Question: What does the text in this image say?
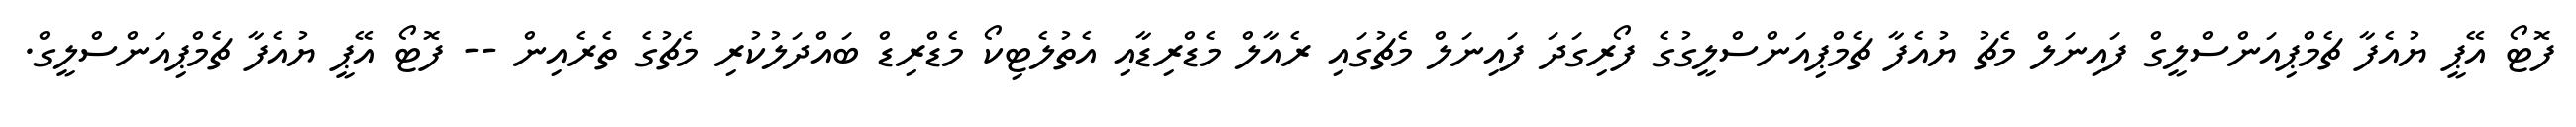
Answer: ފޮޓޯ އޭޕީ ޔުއެފާ ޗެމްޕިއަންސްލީގް ފައިނަލް މެޗު ޔުއެފާ ޗެމްޕިއަންސްލީގުގެ ފޯރިގަދަ ފައިނަލް މެޗުގައި ރެއާލް މެޑްރިޑާއި އެތުލެޓިކޯ މެޑްރިޑް ބައްދަލުކުރި މެޗުގެ ތެރެއިން -- ފޮޓޯ އޭޕީ ޔުއެފާ ޗެމްޕިއަންސްލީގް.